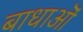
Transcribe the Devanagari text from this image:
बाधाऒं